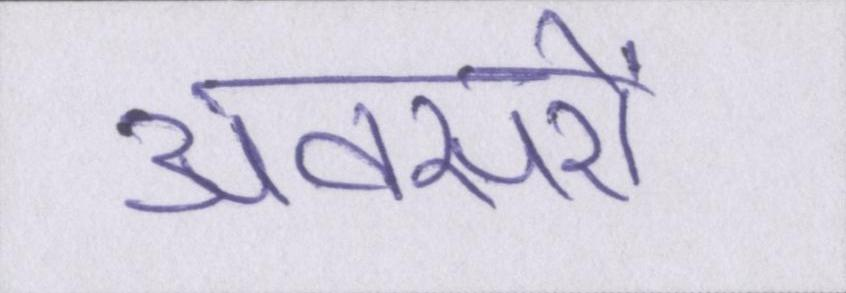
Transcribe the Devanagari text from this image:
अवसरों